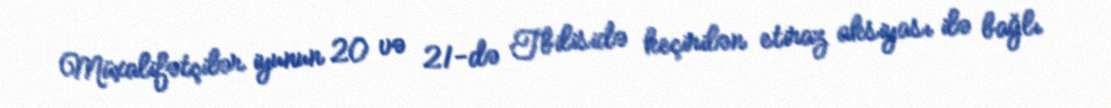
Müxalifətçilər iyunun 20 və 21-də Tbilisidə keçirilən etiraz aksiyası ilə bağlı